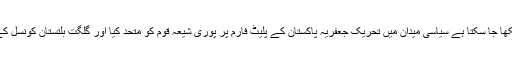
شہید کی مدبرانہ اور با بصیرت قیادت اور پالیسی کا نتیجہ ۱۹۹۴ کے انتخابات میں دیکھا جا سکتا ہے سیاسی میدان میں تحریک جعفریہ پاکستان کے پلیٹ فارم پر پوری شیعہ قوم کو متحد کیا اور گلگت بلتستان کونسل کے پہلے انتخابات میں ۲۴ نشستوں سے ۸ نشستیں جیت کر بھر پور کامیابی حاصل کی ۔